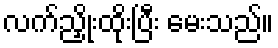
လက်ညှိုးထိုးပြီး မေးသည်။